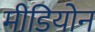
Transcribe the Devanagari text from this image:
मीडियोन